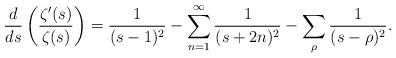
LaTeX: \begin{align*} \frac{d}{ds}\left(\frac{\zeta'(s)}{\zeta(s)} \right) = \frac{1}{(s-1)^2} - \sum_{n=1}^\infty \frac{1}{(s+2n)^2} - \sum_\rho \frac{1}{(s-\rho)^2}.\end{align*}